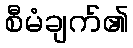
စီမံချက်၏